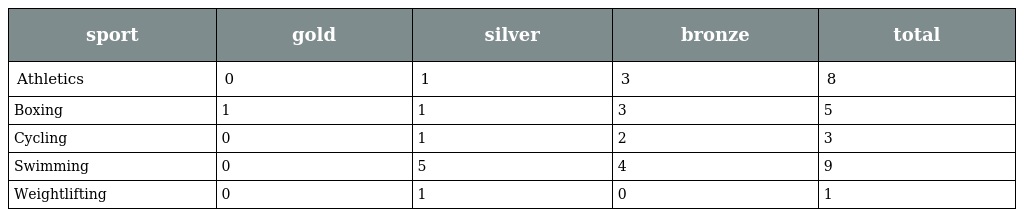
| sport | gold | silver | bronze | total |
 | --- | --- | --- | --- | --- |
 | Athletics | 0 | 1 | 3 | 8 |
 | Boxing | 1 | 1 | 3 | 5 |
 | Cycling | 0 | 1 | 2 | 3 |
 | Swimming | 0 | 5 | 4 | 9 |
 | Weightlifting | 0 | 1 | 0 | 1 |